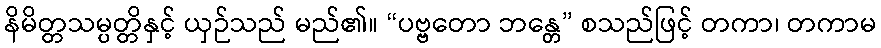
နိမိတ္တသမ္ပတ္တိနှင့် ယှဉ်သည် မည်၏။ “ပဗ္ဗတော ဘန္တေ” စသည်ဖြင့် တကာ၊ တကာမ